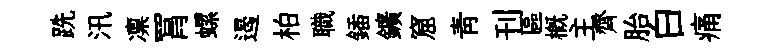
跣汛凛罥螺遏柏職鍤鑛窟青刊區概主齊胎白痛